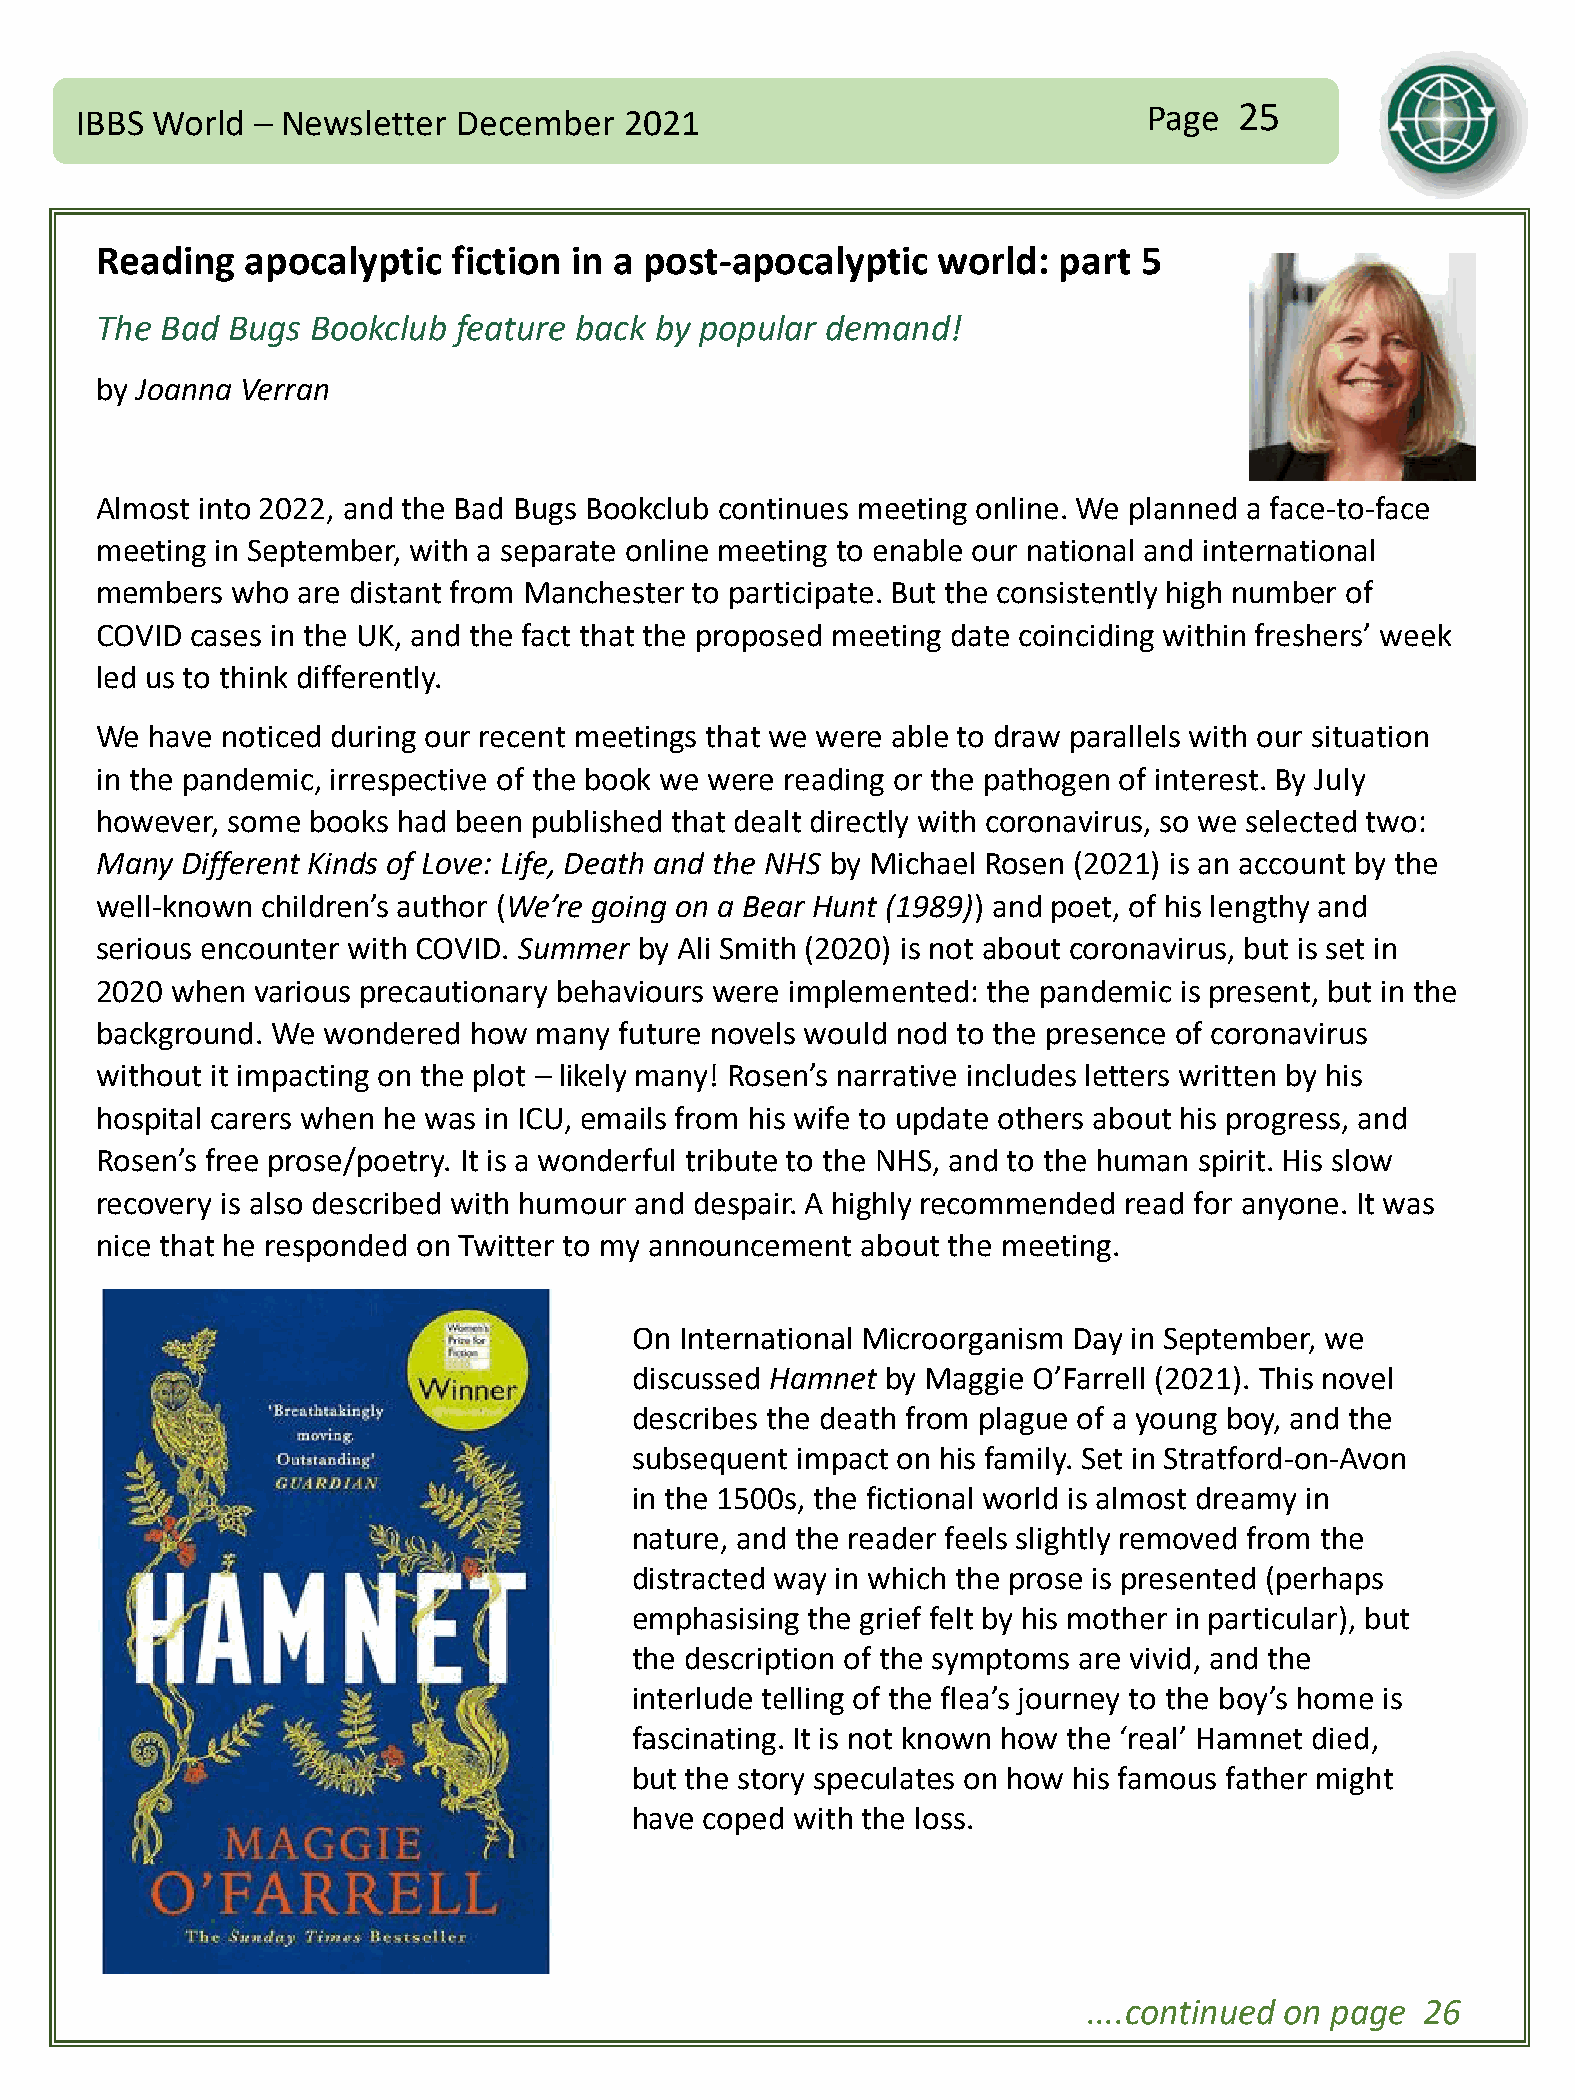
IBBS World  – Newsletter December   2021                               Page  25
 Reading   apocalyptic   fiction in a post-apocalyptic   world:  part  5
 The  Bad Bugs  Bookclub feature back by popular  demand!
 by Joanna Verran
 Almost into 2022, and the Bad Bugs Bookclub continues meeting online. We planned a face-to-face
 meeting in September, with a separate online meeting to enable our national and international
 members  who  are distant from Manchester to participate. But the consistently high number of
 COVID  cases in the UK, and the fact that the proposed meeting date coinciding within freshers’ week
 led us to think differently.
 We  have noticed during our recent meetings that we were able to draw parallels with our situation
 in the pandemic, irrespective of the book we were reading or the pathogen of interest. By July
 however, some books had been published that dealt directly with coronavirus, so we selected two:
 Many  Different Kinds of Love: Life, Death and the NHS by Michael Rosen (2021) is an account by the
 well-known children’s author (We’re going on a Bear Hunt (1989)) and poet, of his lengthy and
 serious encounter with COVID. Summer by Ali Smith (2020) is not about coronavirus, but is set in
 2020 when  various precautionary behaviours were implemented: the pandemic is present, but in the
 background. We wondered  how  many future novels would nod to the presence of coronavirus
 without it impacting on the plot – likely many! Rosen’s narrative includes letters written by his
 hospital carers when he was in ICU, emails from his wife to update others about his progress, and
 Rosen’s free prose/poetry. It is a wonderful tribute to the NHS, and to the human spirit. His slow
 recovery is also described with humour and despair. A highly recommended read for anyone. It was
 nice that he responded on Twitter to my announcement about the meeting.
 On International Microorganism Day in September, we
 discussed Hamnet by Maggie O’Farrell (2021). This novel
 describes the death from plague of a young boy, and the
 subsequent impact on his family. Set in Stratford-on-Avon
 in the 1500s, the fictional world is almost dreamy in
 nature, and the reader feels slightly removed from the
 distracted way in which the prose is presented (perhaps
 emphasising the grief felt by his mother in particular), but
 the description of the symptoms are vivid, and the
 interlude telling of the flea’s journey to the boy’s home is
 fascinating. It is not known how the ‘real’ Hamnet died,
 but the story speculates on how his famous father might
 have coped with the loss.
 ....continued on page 26